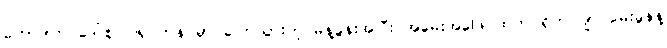
ဟောဒါက ဒေါ်စု ဝါရှင်တန် မှာ ပြောသွားတဲ့ မိန့်ခွန်းအပြီး အမေးအဖြေ ထဲက ရိုဟင်ဂျာ မေးခွန်နဲ့